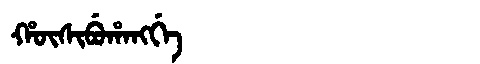
Manchu: ᡥᡡᠰᡳᠪᡠᡥᠠᠩᡤᡝ
Romanization: HŪSIBUHANGGE